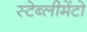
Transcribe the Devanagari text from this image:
स्टेब्लीमेंटो